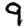
Digit: 9